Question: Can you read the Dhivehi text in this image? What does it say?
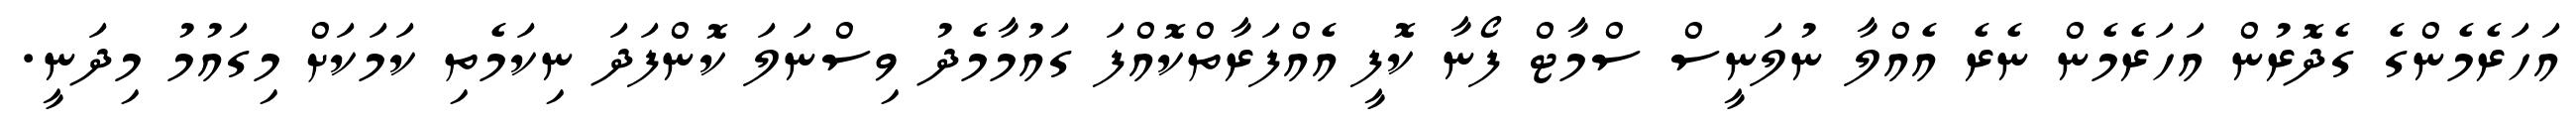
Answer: އަހަރެމެންގެ ގެދޮރުން އަހަރެމެން ނެރެ އެއްލާ ނުލަނީސް ސްމާޓް ފޯނާ ކޮފީ އެއްފަރާތްކޮއްފަ ގައުމާމެދު ވިސްނަލަ ކޮންފަދަ ނިކަމެތި ކަމަކަށް މިގައުމު މިދަނީ.